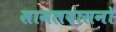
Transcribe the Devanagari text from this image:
सामलदासनो